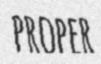
PROPER